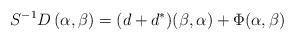
LaTeX: \begin{align*}S^{-1}D\, (\alpha, \beta) = (d+d^\ast) (\beta,\alpha) + \Phi (\alpha,\beta)\end{align*}